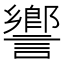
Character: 𧬰